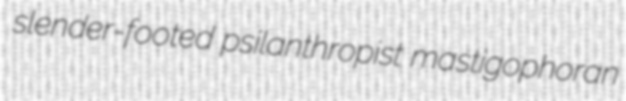
slender-footed psilanthropist mastigophoran